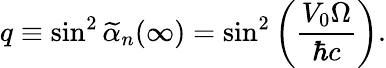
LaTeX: q\equiv\sin^{2}\widetilde{\alpha}_{n}(\infty)=\sin^{2}\left(\frac{V_{0}\Omega}{\hbar c}\right).